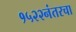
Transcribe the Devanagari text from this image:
१५२२नंतरचा